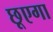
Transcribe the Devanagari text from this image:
छूएगा